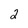
Character: 2